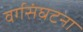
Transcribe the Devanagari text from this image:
वर्गसंघटना